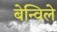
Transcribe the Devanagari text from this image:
बेन्विले